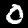
Digit: 0